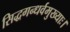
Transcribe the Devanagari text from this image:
सिद्धगन्धर्वमुख्याः।